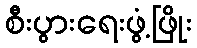
စီးပွားရေးဖွံ့ဖြိုး